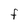
Character: F